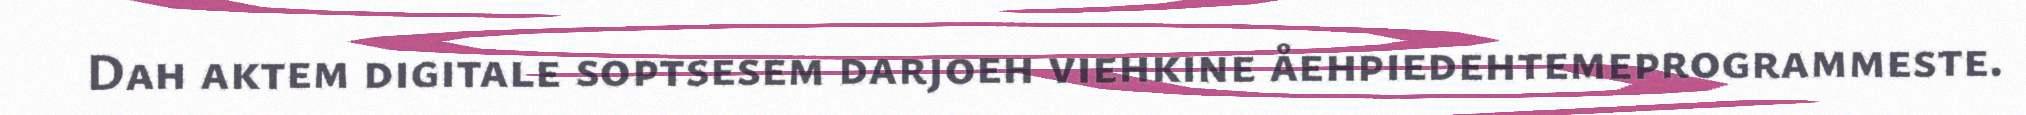
Dah aktem digitale soptsesem darjoeh viehkine åehpiedehtemeprogrammeste.